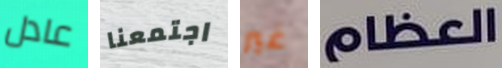
عادل اجتمعنا غير العظام